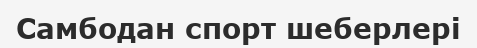
Самбодан спорт шеберлері